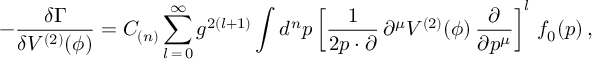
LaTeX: - \frac { \delta \Gamma } { \delta V ^ { ( 2 ) } ( \phi ) } = C _ { ( n ) } \sum _ { l \, = \, 0 } ^ { \infty } g ^ { 2 ( l + 1 ) } \int d ^ { n } p \left[ \frac { 1 } { 2 p \cdot \partial } \, \partial ^ { \mu } V ^ { ( 2 ) } ( \phi ) \, \frac { \partial } { \partial p ^ { \mu } } \right] ^ { l } \, f _ { 0 } ( p ) \, ,